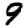
Digit: 9